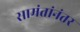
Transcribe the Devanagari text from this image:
सामंतांनंतर